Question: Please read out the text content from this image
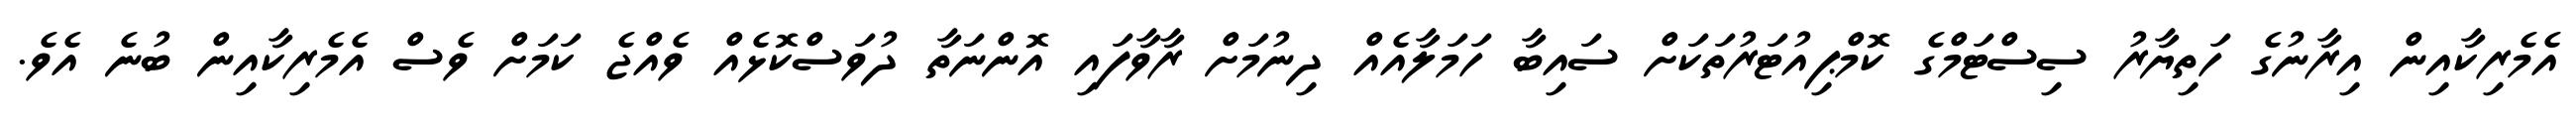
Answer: އެމެރިކާއިން އިރާނުގެ ހަތިޔާރު ސިސްޓަމްގެ ކޮމްޕިއުޓަރުތަކަށް ސައިބާ ހަމަލާއެއް ދިނުމަށް ރާވާފައި އޮންނަތާ ދުވަސްކޮޅެއް ވެއްޖެ ކަމަށް ވެސް އެމެރިކާއިން ބުނެ އެވެ.